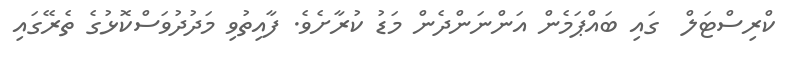
ކްރިސްޓަލް  ގައި ބައްޕަމެން އަންނަންދެން މަޑު ކުރާށެވެ. ފާއިތުވި މަދުދުވަސްކޮޅުގެ ތެރޭގައި